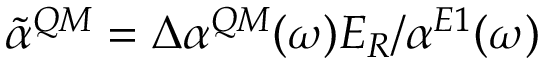
\tilde { \alpha } ^ { Q M } = \Delta \alpha ^ { Q M } ( \omega ) E _ { R } / \alpha ^ { E 1 } ( \omega )